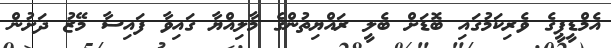
އެމްޑީޕީގެ ވެރިކަމުގައި ބޮޑަށް ބެލީ ރައްޔިތުންގެ މާލިއްޔާ ގައިވާ ފައިސާ މޭޒު ދަށުން